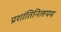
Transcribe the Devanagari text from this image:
प्रशांतिनिलयम